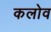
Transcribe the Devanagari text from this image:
कलोव